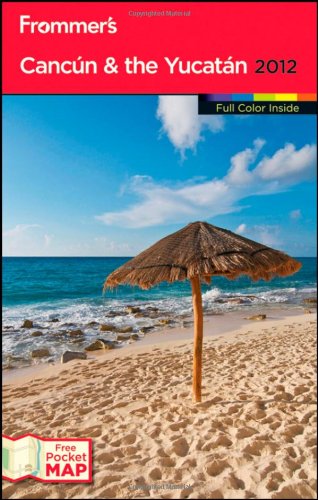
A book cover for Frommer's Cancun and the Yucatan 2012 (Frommer's Color Complete); David Baird; Travel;